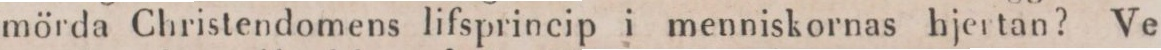
mörda Christendomens lifsprincip i menniskornas hjertan? Ve